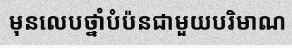
មុនលេបថ្នាំបំប៉នជាមួយបរិមាណ